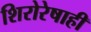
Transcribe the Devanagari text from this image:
शिरोरेषाही